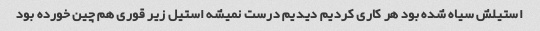
استیلش سیاه شده بود هر کاری کردیم دیدیم درست نمیشه استیل زیر قوری هم چین خورده بود